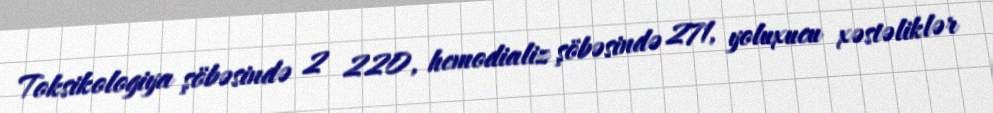
Toksikologiya şöbəsində 2 220, hemodializ şöbəsində 271, yoluxucu xəstəliklər